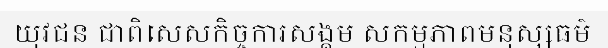
យុវជន ជាពិសេសកិច្ចការសង្គម សកម្មភាពមនុស្សធម៌